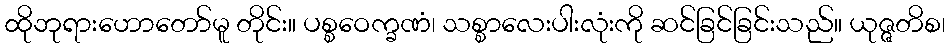
ထိုဘုရားဟောတော်မူ တိုင်း။ ပစ္စဝေက္ခဏံ၊ သစ္စာလေးပါးလုံးကို ဆင်ခြင်ခြင်းသည်။ ယုဇ္ဇတိစ၊